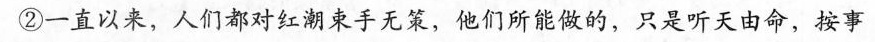
②一直以来，人们都对红潮束手无策，他们所能做的，只是听天由命，按事